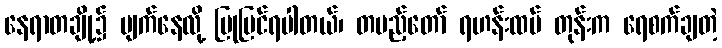
နေရာတချို့၌ ပျက်နေလို့ ပြုပြင်ရပါတယ်၊ တပည့်တော် ရဟန်းထပ် တုန်းက ရေစက်ချတဲ့